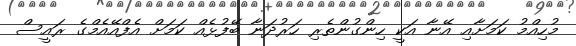
މުހިއްމު ކަމަށާއި އޭނާ އަކީ ހިންގުންތެރި ހަރުދަނާ ބޭފުޅެއް ކަމަށް އެފްއޭއެމްގެ ރައީސް